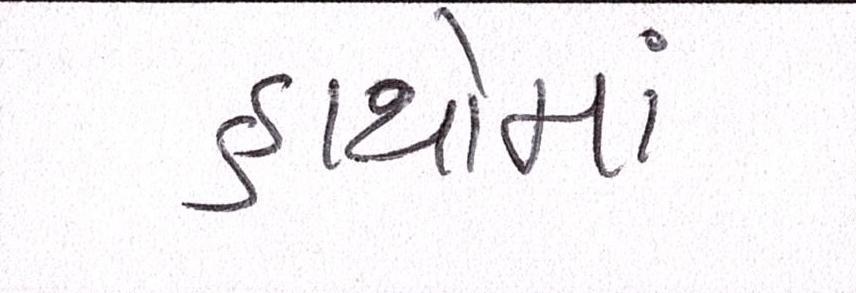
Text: હાથોમાં